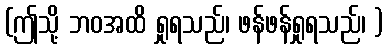
(ဤသို့ ဘဝအထိ ရှုရသည်၊ ဖန်ဖန်ရှုရသည်၊ )